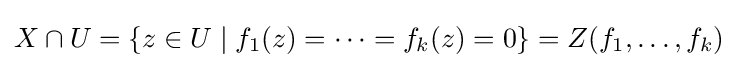
X\cap U=\{z\in U\mid f_{1}(z)=\cdots =f_{k}(z)=0\}=Z(f_{1},\dots ,f_{k})